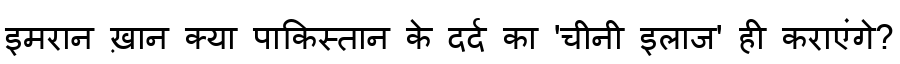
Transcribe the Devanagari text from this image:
इमरान ख़ान क्या पाकिस्तान के दर्द का 'चीनी इलाज' ही कराएंगे?